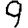
Digit: 9